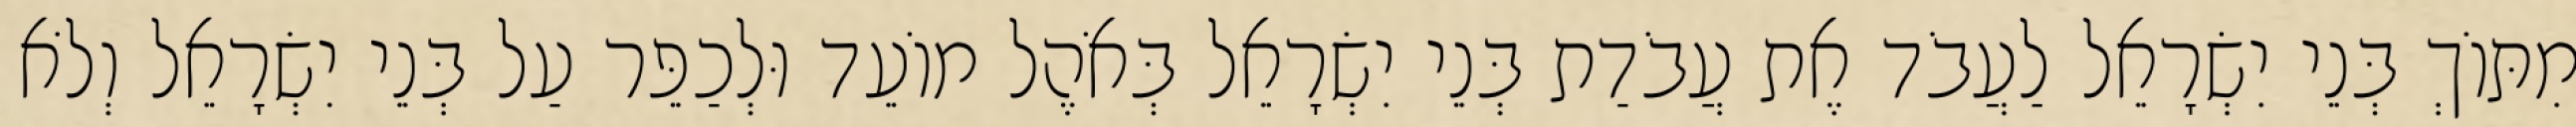
מִתּוֹךְ בְּנֵי יִשְׂרָאֵל לַעֲבֹד אֶת עֲבֹדַת בְּנֵי יִשְׂרָאֵל בְּאֹהֶל מוֹעֵד וּלְכַפֵּר עַל בְּנֵי יִשְׂרָאֵל וְלֹא